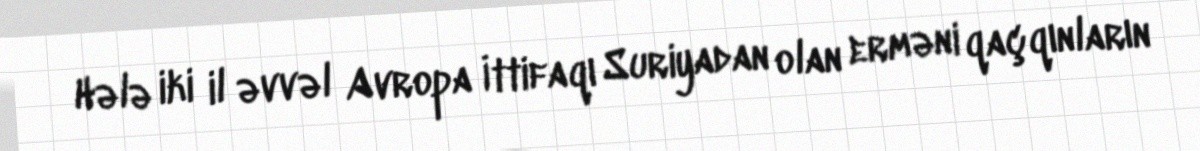
Hələ iki il əvvəl Avropa İttifaqı Suriyadan olan erməni qaçqınların